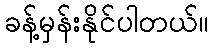
ခန့်မှန်းနိုင်ပါတယ်။